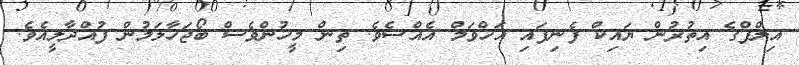
އިލްފްގެ އިތުރުން ޔައިކް ފެނިފައި އަހްވަމް އެއްސެވެ. ތިން މީހުންވެސް ބޯޖަހާލަމުން ފުއްދާލީއެވެ.